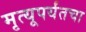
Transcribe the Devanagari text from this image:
मृत्यूपर्यंतचा